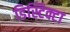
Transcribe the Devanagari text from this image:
डिस्टिक्टा